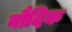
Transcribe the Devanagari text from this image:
वौदिक